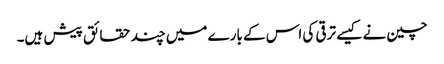
چین نے کیسے ترقی کی اس کے بارے میں چند حقائق پیش ہیں۔